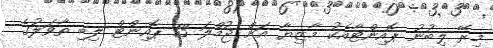
މިރޭ ލިބުނު ޕޮއިންޓާއެކު މާޒިޔާ އަށް ޖުމްލަ 13 ޕޮއިންޓް ލިބި ތާވަލުގެ